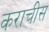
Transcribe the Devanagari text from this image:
कराचीस